DOW-UAP-D25, Mission Report, Greece, January 2024
Agency: Department of War
Incident date: 1/25/24
Incident location: Mediterranean Sea
Page 6
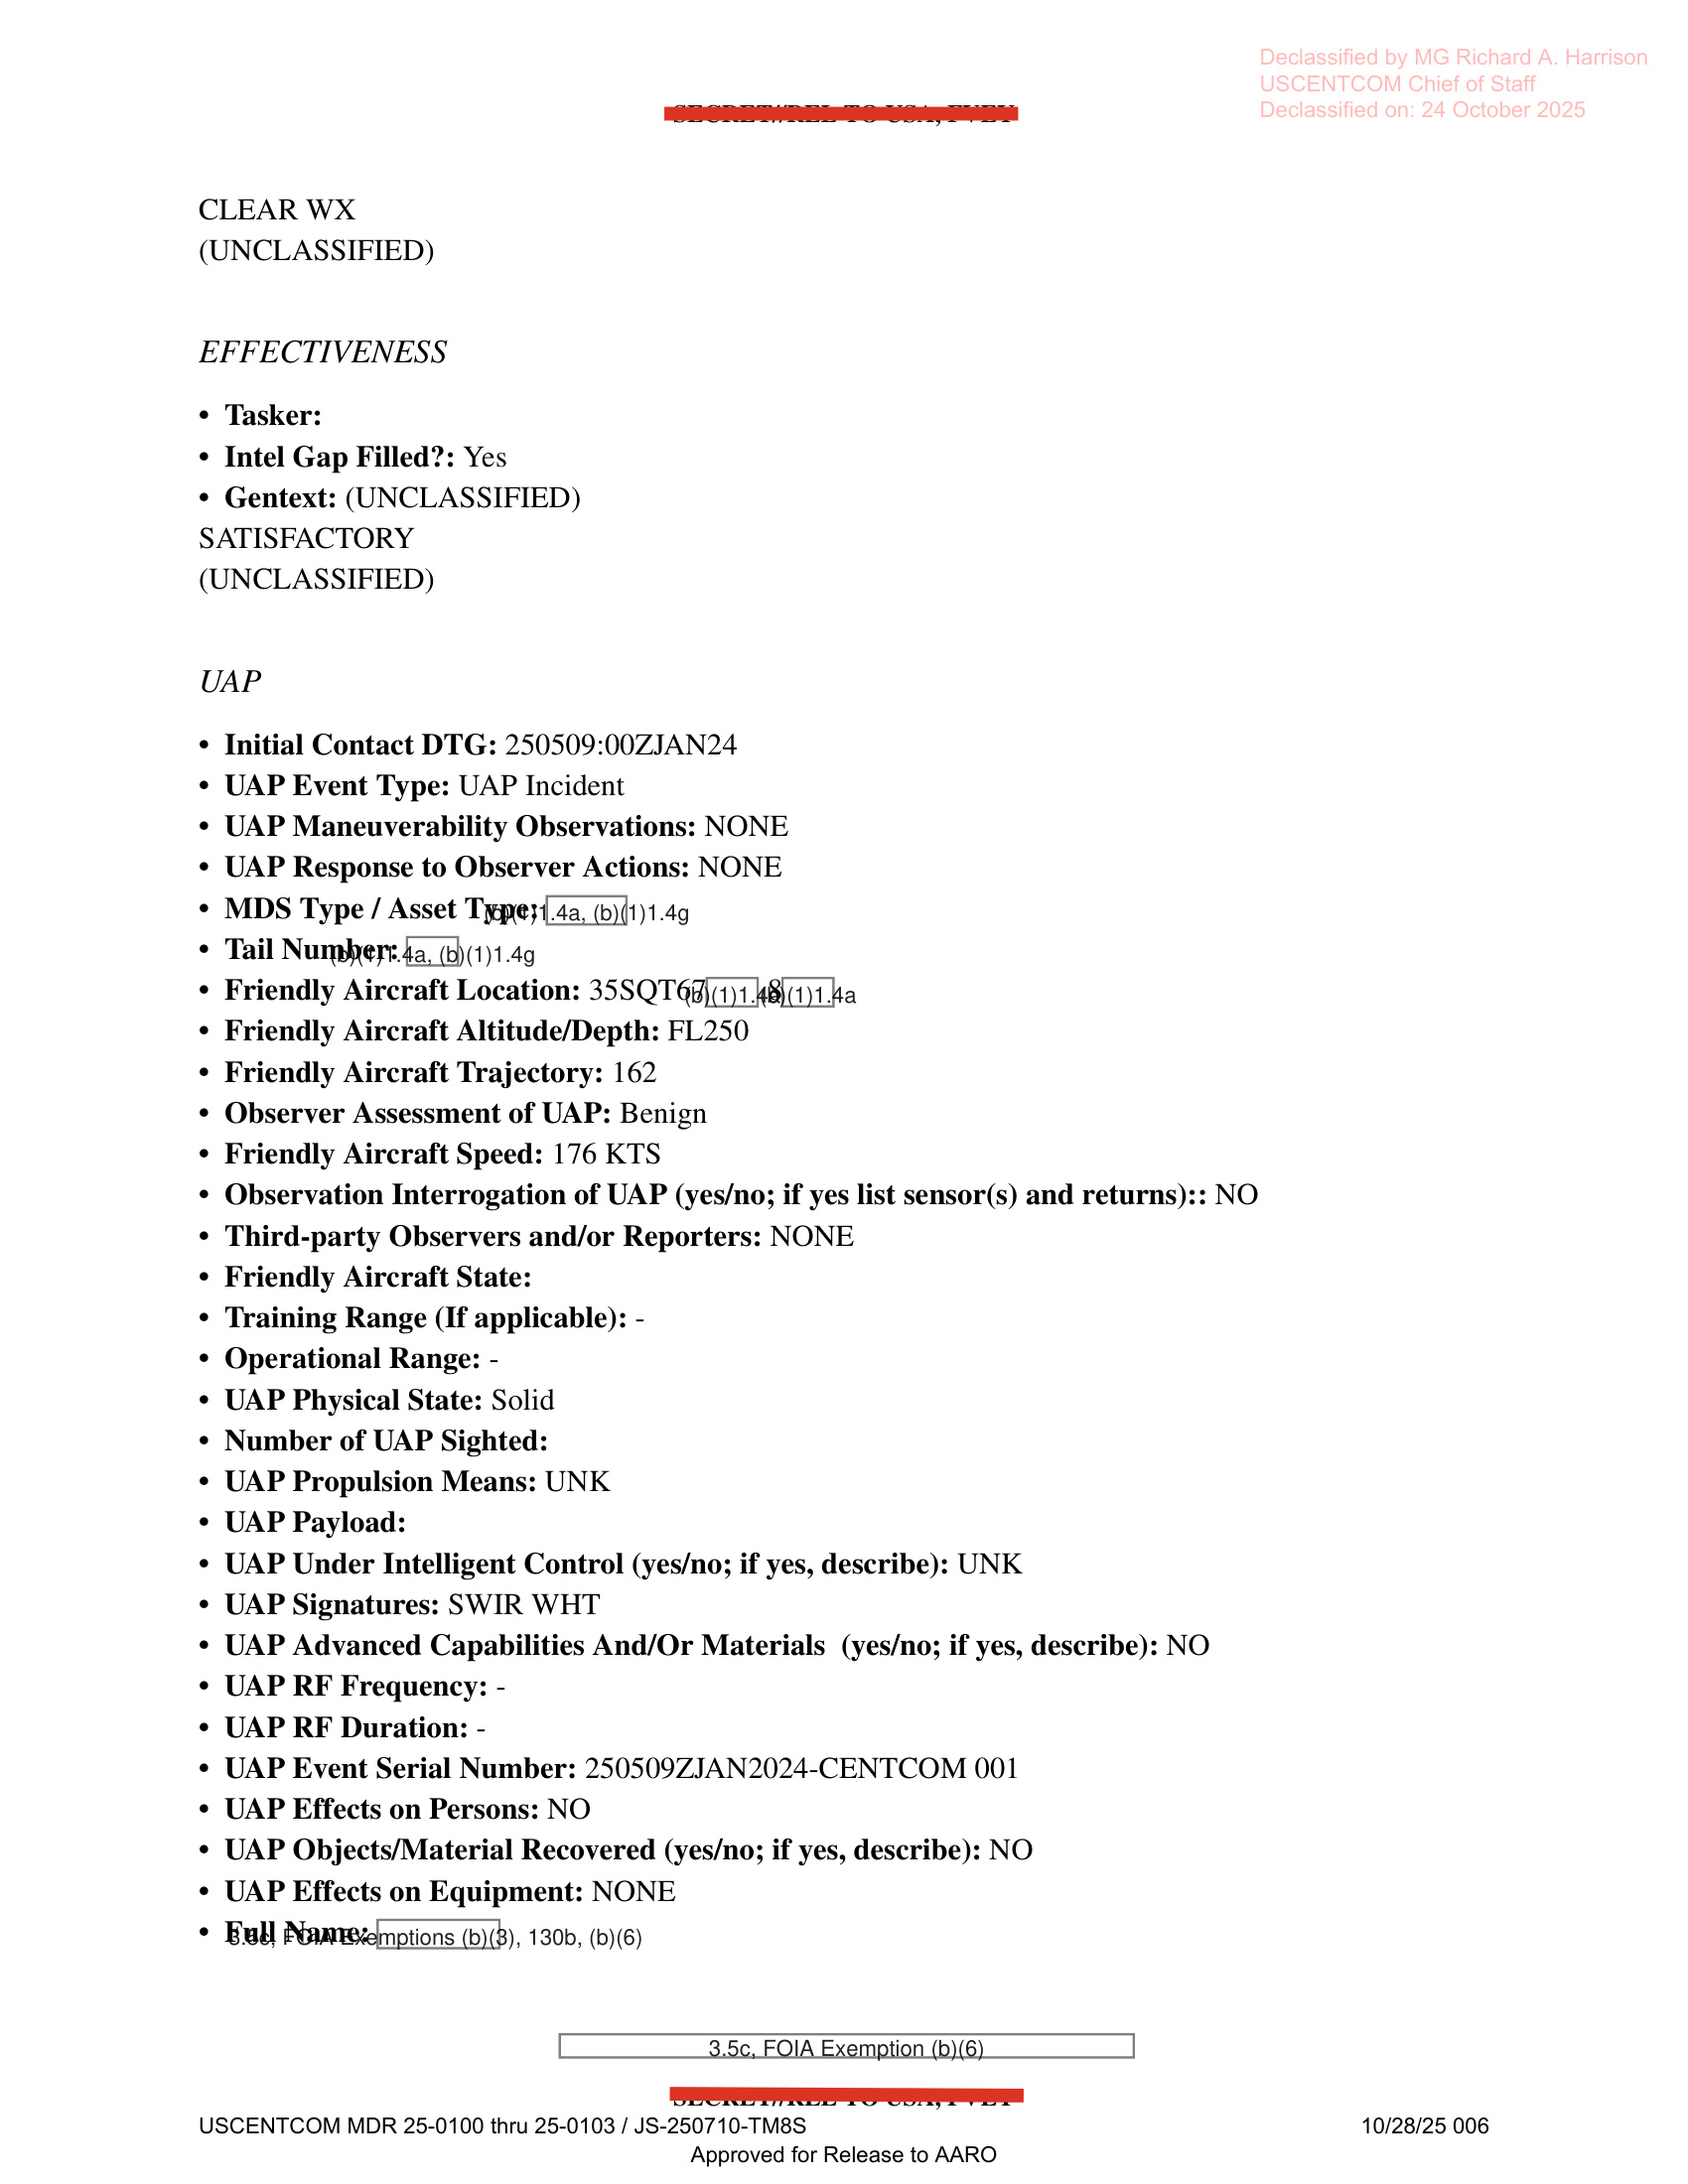